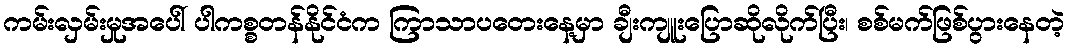
ကမ်းလှမ်းမှုအပေါ် ပါကစ္စတန်နိုင်ငံက ကြာသာပတေးနေ့မှာ ချီးကျူးပြောဆိုလိုက်ပြီး၊ စစ်မက်ဖြစ်ပွားနေတဲ့